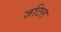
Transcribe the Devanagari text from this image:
ज़टिल